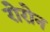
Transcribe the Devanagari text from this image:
रोरोन